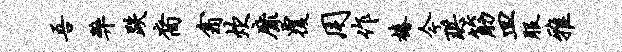
吾弊跌裔翕炊靡覆用作椿今珙筋皿服雅